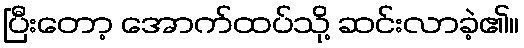
ပြီးတော့ အောက်ထပ်သို့ ဆင်းလာခဲ့၏။